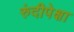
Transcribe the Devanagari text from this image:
रुंदीपेक्षा